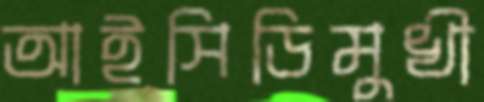
আইসিডিমুখী